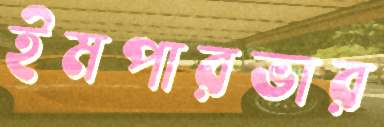
ইমপারভার